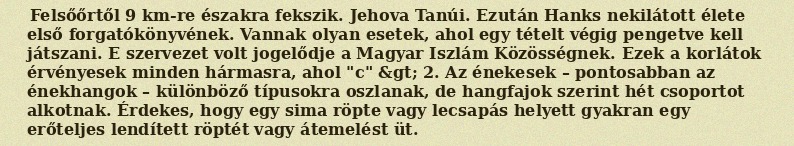
Felsőőrtől 9 km-re északra fekszik. Jehova Tanúi. Ezután Hanks nekilátott élete első forgatókönyvének. Vannak olyan esetek, ahol egy tételt végig pengetve kell játszani. E szervezet volt jogelődje a Magyar Iszlám Közösségnek. Ezek a korlátok érvényesek minden hármasra, ahol "c" &gt; 2. Az énekesek – pontosabban az énekhangok – különböző típusokra oszlanak, de hangfajok szerint hét csoportot alkotnak. Érdekes, hogy egy sima röpte vagy lecsapás helyett gyakran egy erőteljes lendített röptét vagy átemelést üt.